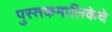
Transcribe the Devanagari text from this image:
पुस्तकमालिकेचे